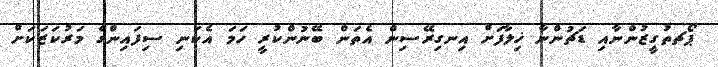
ޕޯޗތުގީޒުންނާއި ޑަޗުންނާ ޚިލާފަށް އިނގިރޭސިން އެތަން ބޭނުންކުރީ ހަމަ އެކަނި ސިފައިންގެ މަރުކަޒަކަށް